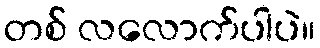
တစ် လလောက်ပါပဲ။